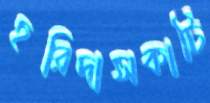
হরিদাসকাটি